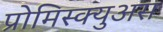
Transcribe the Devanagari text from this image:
प्रोमिस्क्युअस